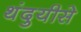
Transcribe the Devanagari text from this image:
थंदुयीसे